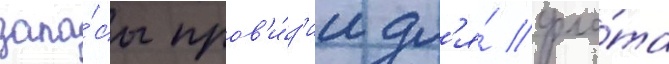
запа́сы пров'и́з'ии дл'я́ фло́та